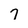
Character: 7